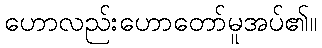
ဟောလည်းဟောတော်မူအပ်၏။